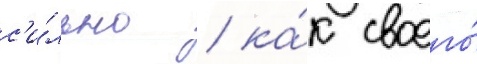
с'и́льно / ка́к своего́